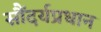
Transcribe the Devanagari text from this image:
सौंदर्यप्रधान